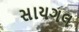
સાયગલ